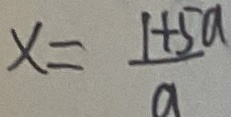
x = \frac { 1 + 5 a } { a }